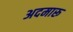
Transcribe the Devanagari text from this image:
अदमारू